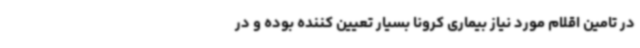
در تامین اقلام مورد نیاز بیماری کرونا بسیار تعیین کننده بوده و در